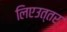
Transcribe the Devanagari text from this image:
लिएउत्तर